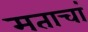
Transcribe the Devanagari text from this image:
मताचां